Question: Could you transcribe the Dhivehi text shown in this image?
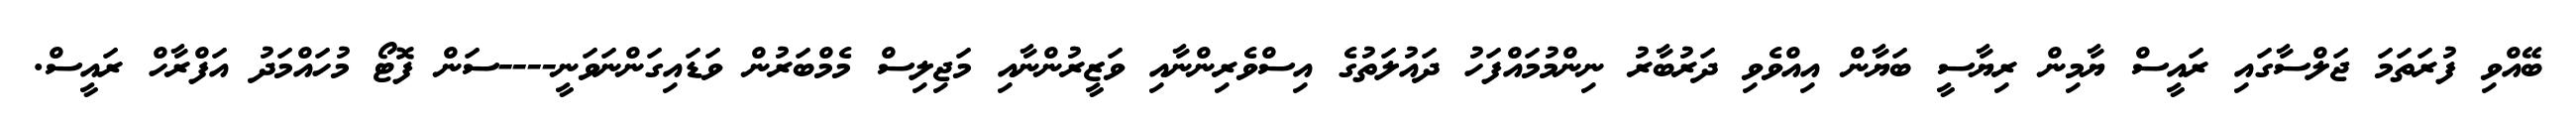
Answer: ބޭއްވި ފުރަތަމަ ޖަލްސާގައި ރައީސް ޔާމިން ރިޔާސީ ބަޔާން އިއްވެވި ދަރުބާރު ނިންމުމައްފަހު ދައުލަތުގެ އިސްވެރިންނާއި ވަޒީރުންނާއި މަޖިލިސް މެމްބަރުން ވަޑައިގަންނަވަނީ----ސަން ފޮޓޯ މުހައްމަދު އަފްރާހް ރައީސް.